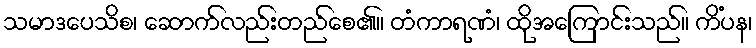
သမာဒပေသိစ၊ ဆောက်လည်းတည်စေ၏။ တံကာရဏံ၊ ထိုအကြောင်းသည်။ ကိံပန၊